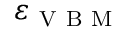
\varepsilon _ { \mathrm { ~ V ~ B ~ M ~ } }